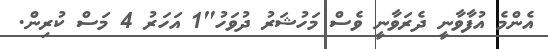
އެންމެ އުފާވާނީ ދެރަވާނީ ވެސް މަހުޝަރު ދުވަހު"1 އަހަރު 4 މަސް ކުރިން.